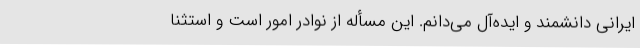
ایرانی دانشمند و ایده‌آل می‌دانم. این مسأله از نوادر امور است و استثنا